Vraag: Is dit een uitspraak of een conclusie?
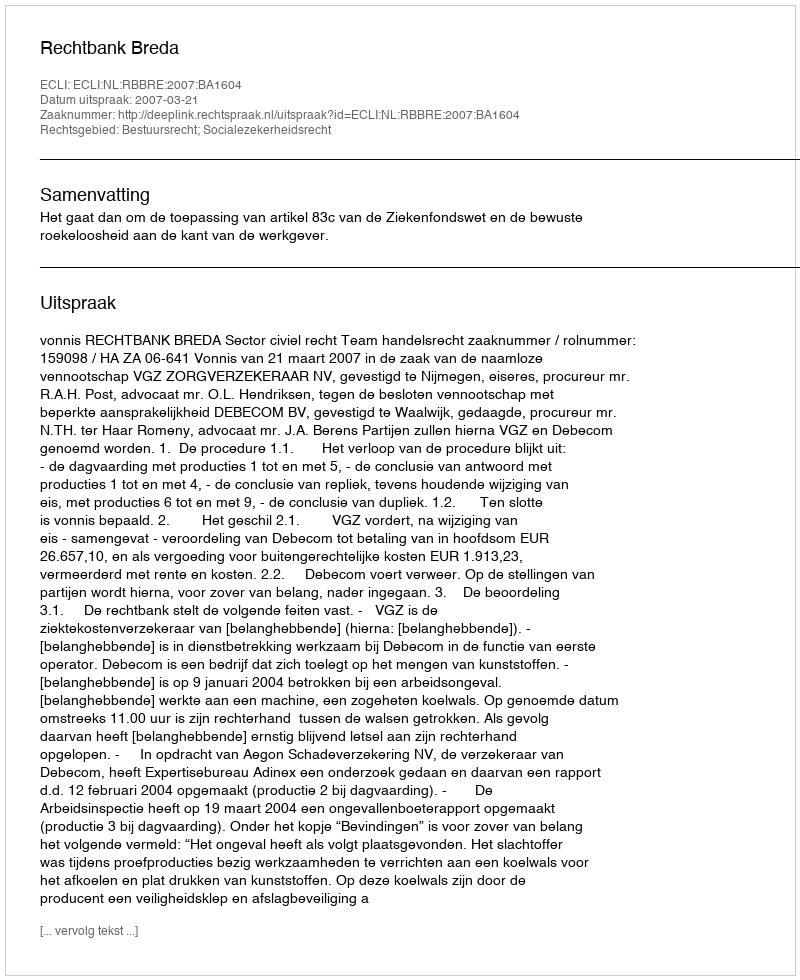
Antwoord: Uitspraak